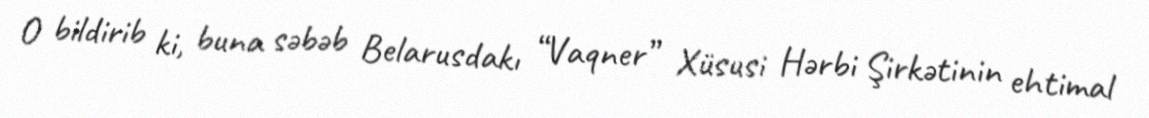
O bildirib ki, buna səbəb Belarusdakı “Vaqner” Xüsusi Hərbi Şirkətinin ehtimal